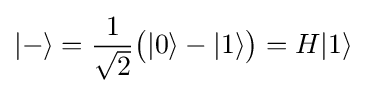
|-\rangle ={\frac {1}{\sqrt {2}}}{\big (}|0\rangle -|1\rangle {\big )}=H|1\rangle